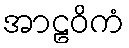
အာဠဝိကံ